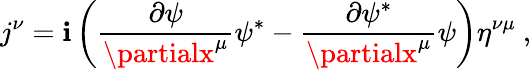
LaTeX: j^{\nu}=\mathbf{i}\left({\frac{{\partial\psi}}{{\partialx^{\mu}}}}\psi^{*}-{\frac{{\partial\psi^{*}}}{{\partialx^{\mu}}}}\psi\right)\eta^{\nu\mu}~,